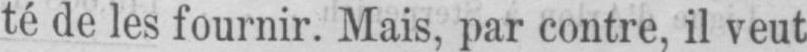
té de les fournir. Mais, par contre, il veut